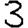
Digit: 3